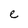
Character: e